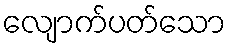
လျောက်ပတ်သော